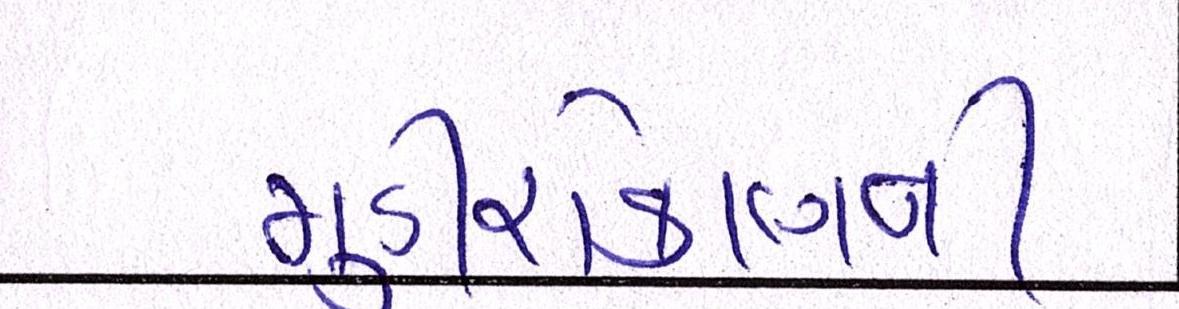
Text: મૂડીરોકાણની